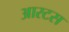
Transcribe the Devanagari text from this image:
आरटस